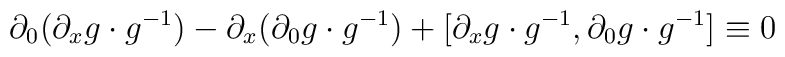
\partial_{0}(\partial_{x}g \cdot g^{-1})-\partial_{x}(\partial_{0}g\cdot g^{-1}) \\+ [\partial_{x}g \cdot g^{-1},\partial_{0}g \cdot g^{-1}] \equiv 0